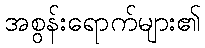
အစွန်းရောက်များ၏